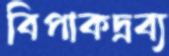
বিপাকদ্রব্য